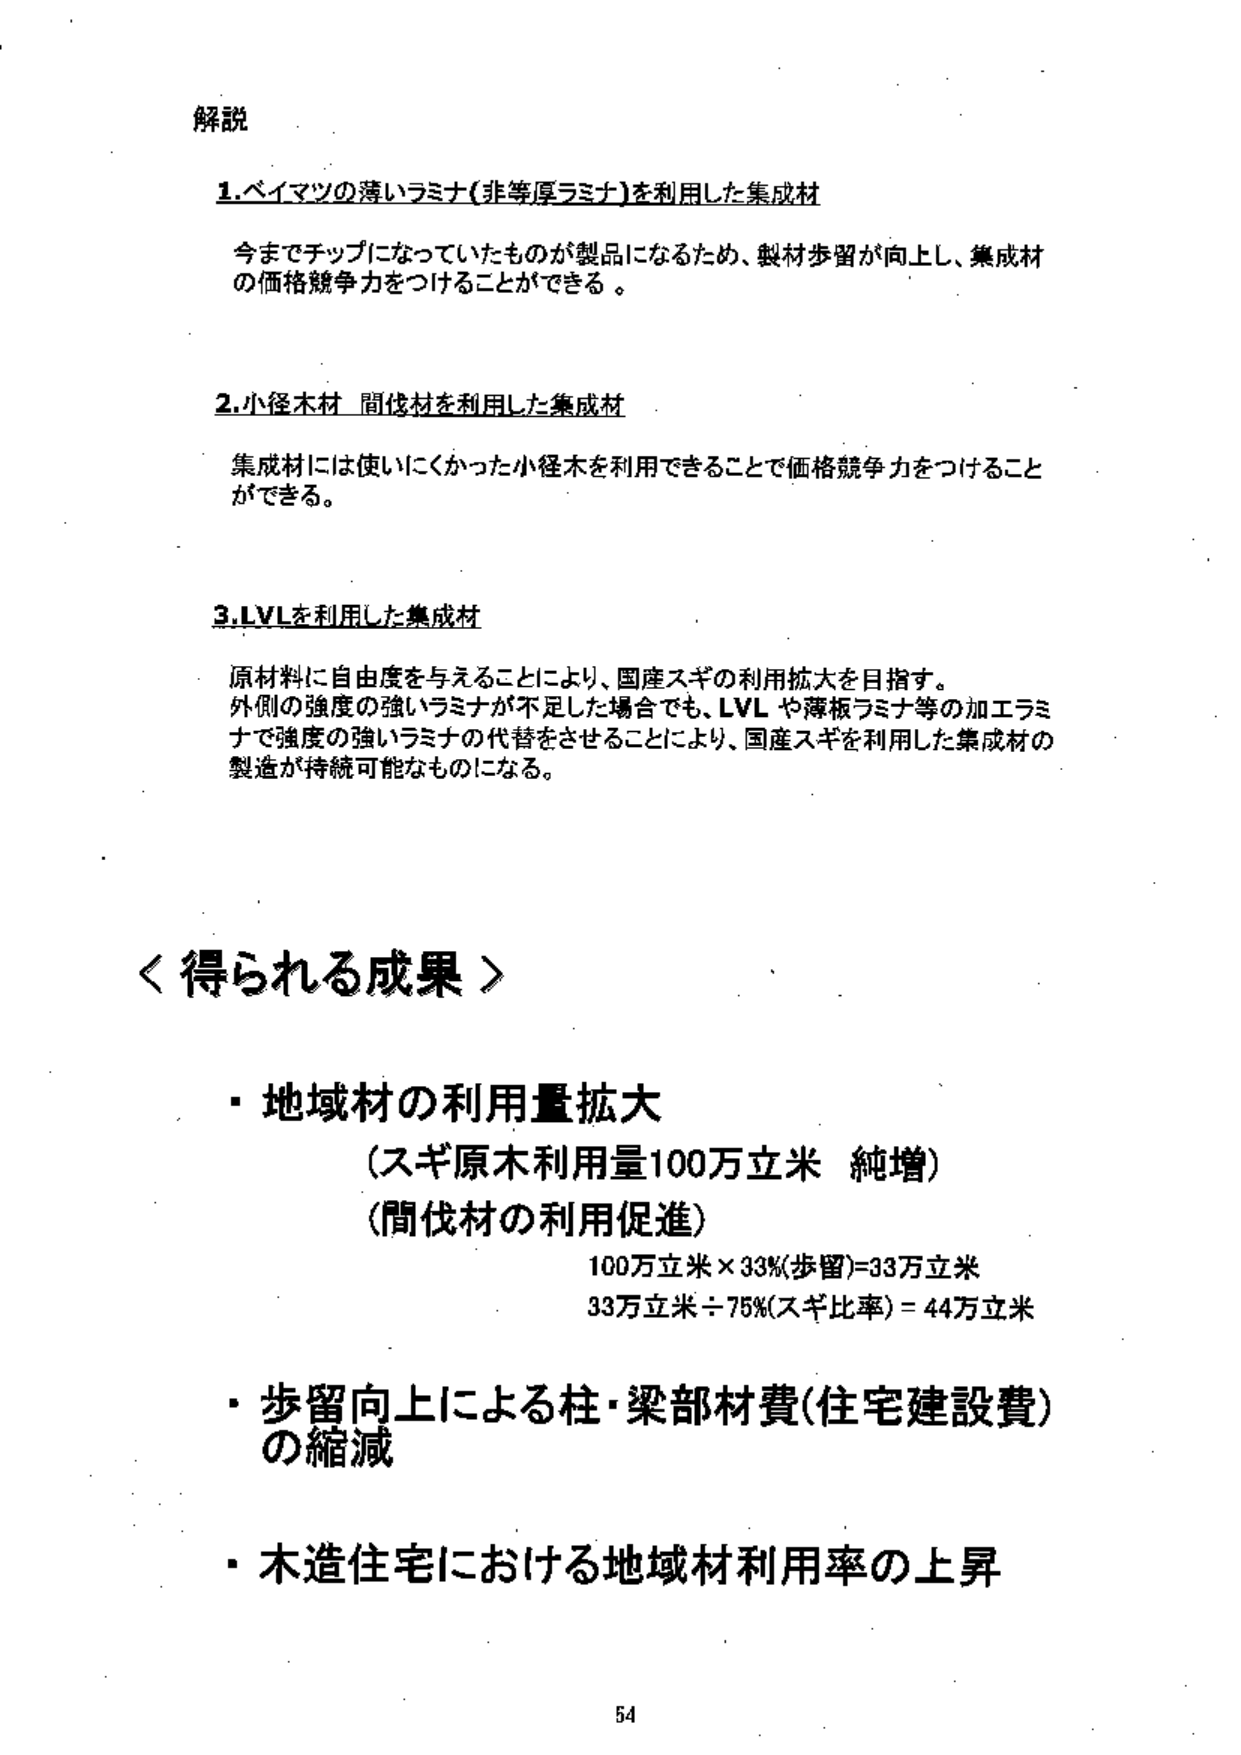
解説

1. ベイマツの薄いラミナ（非等厚ラミナ）を利用した集成材
今までチップになっていたものが製品になるため、製材歩留が向上し、集成材の価格競争力をつけることができる。

2. 小径木材 間伐材を利用した集成材
集成材には使いにくかった小径木を利用できることで価格競争力をつけることができる。

3. LVLを利用した集成材
原材料に自由度を与えることにより、国産スギの利用拡大を目指す。
外側の強度の強いラミナが不足した場合でも、LVLや薄板ラミナ等の加工ラミナで強度の強いラミナの代替をさせることにより、国産スギを利用した集成材の製造が持続可能なものになる。

＜得られる成果＞

・地域材の利用量拡大
（スギ原木利用量100万立米 純増）
（間伐材の利用促進）
100万立米 × 33%（歩留） = 33万立米
33万立米 ÷ 75%（スギ比率） = 44万立米

・歩留向上による柱・梁部材費（住宅建設費）の縮減

・木造住宅における地域材利用率の上昇

54